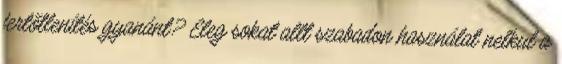
fertőtlenítés gyanánt? Eleg sokat allt szabadon használat nelkul a